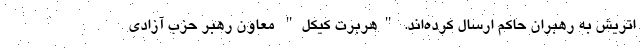
اتریش به رهبران حاکم ارسال کرده‌اند. "هربرت کیکل" معاون رهبر حزب آزادی